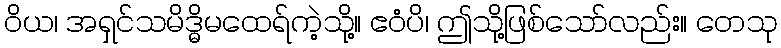
ဝိယ၊ အရှင်သမိဒ္ဓိမထေရ်ကဲ့သို့။ ဧဝံပိ၊ ဤသို့ဖြစ်သော်လည်း။ တေသု